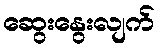
ဆွေးနွေးလျက်